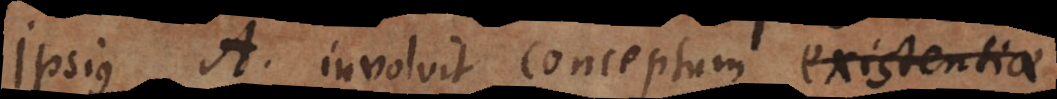
ipsius A involvit conceptum existentiae